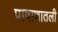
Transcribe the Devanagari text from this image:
पाषाणातली